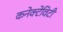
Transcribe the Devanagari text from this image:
कनेक्टेविटी